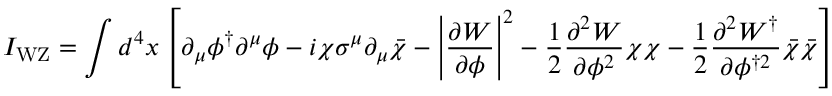
I _ { \mathrm { W Z } } = \int d ^ { 4 } x \left[ \partial _ { \mu } \phi ^ { \dagger } \partial ^ { \mu } \phi - i \chi \sigma ^ { \mu } \partial _ { \mu } { \bar { \chi } } - \left| { \frac { \partial W } { \partial \phi } } \right| ^ { 2 } - { \frac { 1 } { 2 } } { \frac { \partial ^ { 2 } W } { \partial \phi ^ { 2 } } } \chi \chi - { \frac { 1 } { 2 } } { \frac { \partial ^ { 2 } W ^ { \dagger } } { \partial \phi ^ { \dagger 2 } } } { \bar { \chi } } { \bar { \chi } } \right]